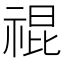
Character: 𥚛